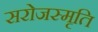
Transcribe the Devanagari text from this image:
सरोजस्मृति